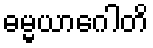
ဓမ္မယာဂေါတိ